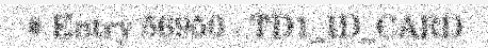
# Entry 56950 - TD1_ID_CARD